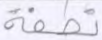
نطفة